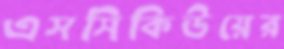
এসসিকিউয়ের